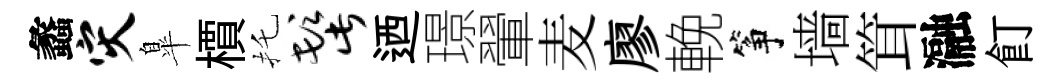
蠡灾臯檟托髭迺璟翬麦廖輓筝墙䇯瀜飣